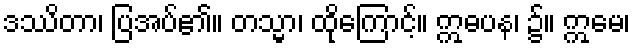
ဒဿိတာ၊ ပြအပ်၏။ တသ္မာ၊ ထိုကြောင့်။ ဣဓပန၊ ၌။ ဣမေ၊